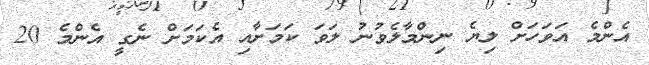
އެންމެ އަވަހަށް ލިޔެ ނިންމާލެވުނު ލަވަ ކަމަށާއި އެކަމަށް ނެގީ އެންމެ 20